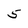
Character: 5